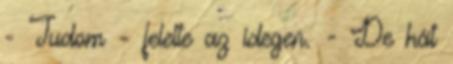
- Tudom - felelte az idegen. - De hát